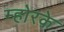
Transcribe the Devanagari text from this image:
म्होरके